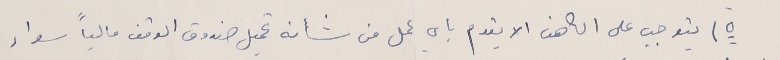
٥) يتوجب على الكاهن الا يقدم باي عمل من شأنه تحميل صندوق الوقف مالياً سواء